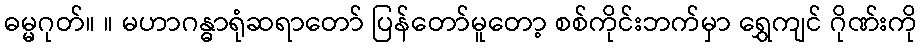
ဓမ္မဂုတ်။ ။ မဟာဂန္ဓာရုံဆရာတော် ပြန်တော်မူတော့ စစ်ကိုင်းဘက်မှာ ရွှေကျင် ဂိုဏ်းကို